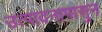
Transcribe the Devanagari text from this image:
उत्पादनापासुन